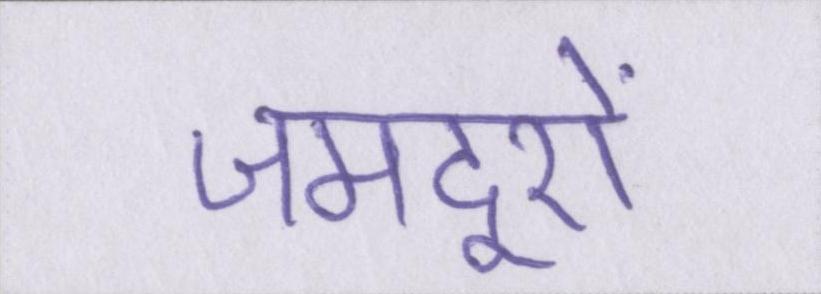
जमदूरों